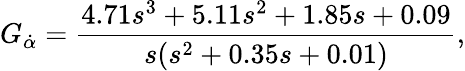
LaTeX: G_{\dot{\alpha}}=\frac{4.71s^{3}+5.11s^{2}+1.85s+0.09}{s(s^{2}+0.35s+0.01)},